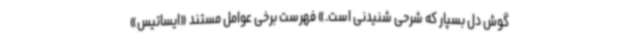
گوش دل بسپار که شرحی شنیدنی است.» فهرست برخی عوامل مستند «ایساتیس»